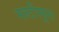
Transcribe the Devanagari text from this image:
मल्टीस्कूल